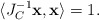
\begin{align*}\langle J^{-1}_C\textbf{x},\textbf{x}\rangle=1.\end{align*}